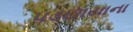
પડછાયાના